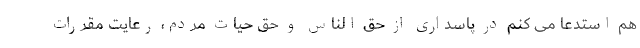
هم استدعا می کنم در پاسداری از حق الناس و حق حیات مردم، رعایت مقررات